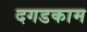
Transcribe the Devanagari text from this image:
दगडकाम